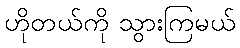
ဟိုတယ်ကို သွားကြမယ်